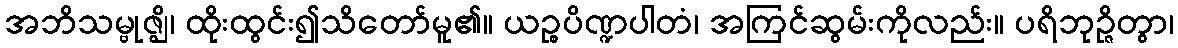
အဘိသမ္ဗုဇ္ဈိ၊ ထိုးထွင်း၍သိတော်မူ၏။ ယဉ္စပိဏ္ဍပါတံ၊ အကြင်ဆွမ်းကိုလည်း။ ပရိဘုဉ္ဇိတွာ၊